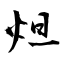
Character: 炟